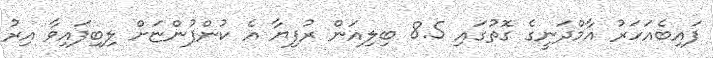
ފައިބެއަހަރު އާމްދަނީގެ ގޮތުގައި 8.5 ބިލިއަން ރުފިޔާ އެ ކުންފުންޏަށް ލިބިފައިވާ އިރު